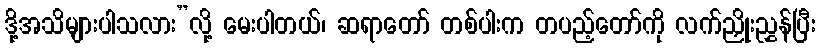
ဒို့အသိများပါသလား”လို့ မေးပါတယ်၊ ဆရာတော် တစ်ပါးက တပည့်တော်ကို လက်ညှိုးညွှန်ပြီး